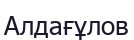
Алдағұлов